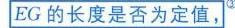
\(EG\)的长度是否为定值，\(^{\textcircled{3}}\)